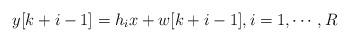
LaTeX: \begin{align*}y[k+i-1]= h_i x + w[k+i-1], i=1,\cdots, R\end{align*}